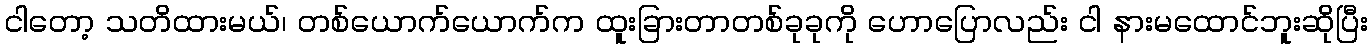
ငါတော့ သတိထားမယ်၊ တစ်ယောက်ယောက်က ထူးခြားတာတစ်ခုခုကို ဟောပြောလည်း ငါ နားမထောင်ဘူးဆိုပြီး